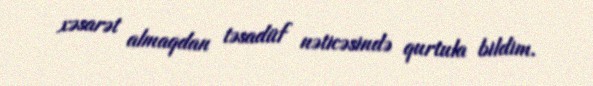
xəsarət almaqdan təsadüf nəticəsində qurtula bildim.